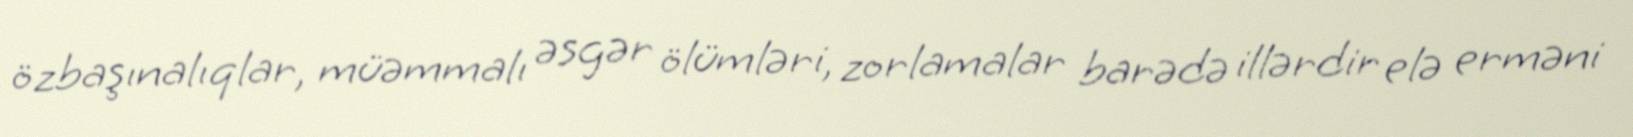
özbaşınalıqlar, müəmmalı əsgər ölümləri, zorlamalar barədə illərdir elə erməni